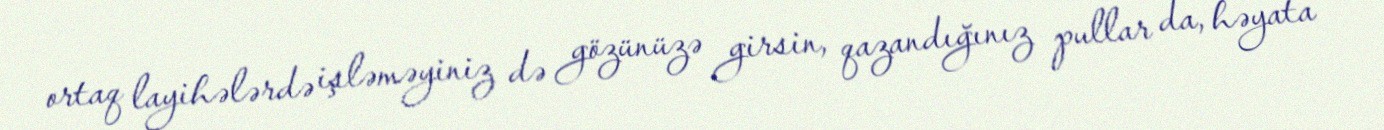
ortaq layihələrdə işləməyiniz də gözünüzə girsin, qazandığınız pullar da, həyata